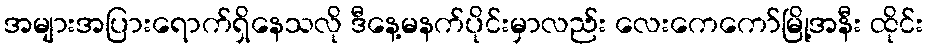
အများအပြားရောက်ရှိနေသလို ဒီနေ့မနက်ပိုင်းမှာလည်း လေးကေကော်မြို့အနီး ထိုင်း